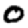
Digit: 0